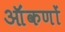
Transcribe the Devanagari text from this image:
ऑंकणों